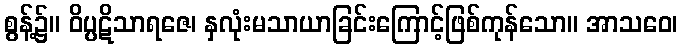
စွန့်၌။ ဝိပ္ပဋိသာရဇေ၊ နှလုံးမသာယာခြင်းကြောင့်ဖြစ်ကုန်သော။ အာသဝေ၊